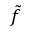
\tilde { f }